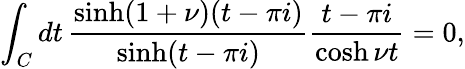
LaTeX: \int_{C}dt\, \frac{\sinh(1+\nu)(t-\pi i)}{\sinh(t-\pi i)}\frac{t-\pi i}{\cosh\nu t}=0,